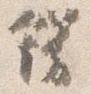
飾